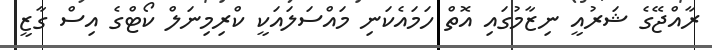
ރާއްޖޭގެ ޝަރުއީ ނިޒާމުގައި އޮތް ހަމައެކަނި މައްސަލައަކީ ކްރިމިނަލް ކޯޓްގެ އިސް ގާޒީ